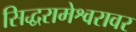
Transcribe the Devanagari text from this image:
सिद्धरामेश्वरावर